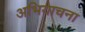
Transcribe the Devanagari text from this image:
अभियाचना